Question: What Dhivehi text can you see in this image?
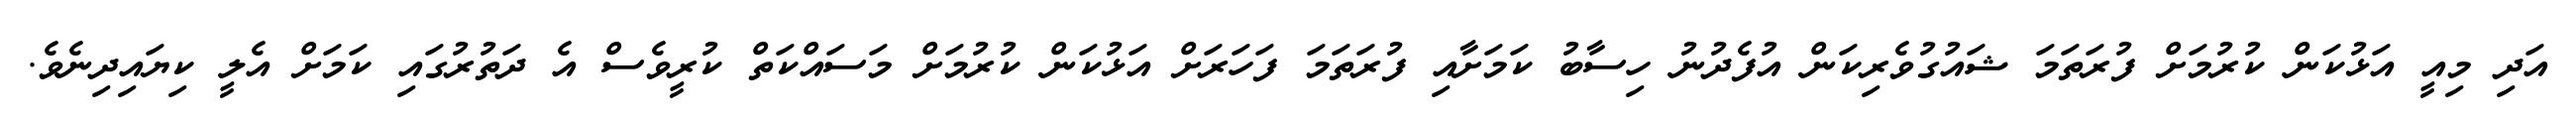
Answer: އަދި މިއީ އަޅުކަން ކުރުމަށް ފުރަތަމަ ޝައުގުވެރިކަން އުފެދުނު ހިސާބު ކަމަށާއި ފުރަތަމަ ފަހަރަށް އަޅުކަން ކުރުމަށް މަސައްކަތް ކުރީވެސް އެ ދަތުރުގައި ކަމަށް އެލީ ކިޔައިދިނެވެ.